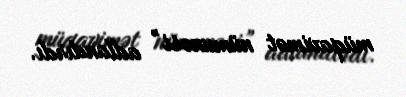
müqavimət nümunəsi” adlandırdı.